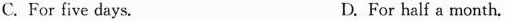
C. For five days. D. For half a month.